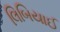
લિબિયાઈ